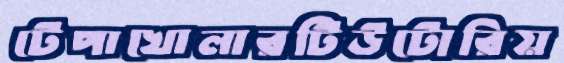
টেপাখোলারটিউটোরিয়